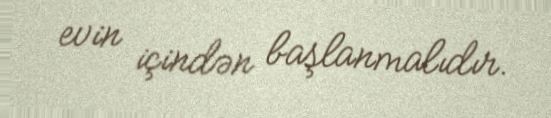
evin içindən başlanmalıdır.